Civil Veterinary Dept. Bombay admin report 1907-1913 - 1907-1913
Year: 1907
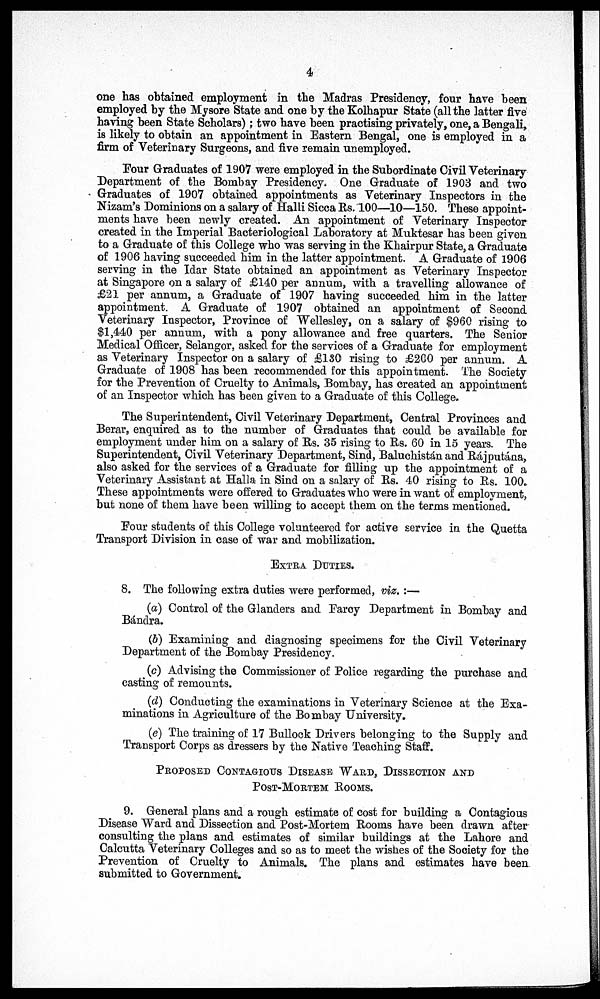
4
one has obtained employment in the Madras Presidency, four have been
employed by the Mysore State and one by the Kolhapur State (all the latter five
having been State Scholars); two have been practising privately, one, a Bengali,
is likely to obtain an appointment in Eastern Bengal, one is employed in a
firm of Veterinary Surgeons, and five remain unemployed.
Pour Graduates of 1907 were employed in the Subordinate Civil Veterinary
Department of the Bombay Presidency. One Graduate of 1903 and two
Graduates of 1907 obtained appointments as Veterinary Inspectors in the
Nizam's Dominions on a salary of Halli Sicca Rs. 100—10—150. These appoint-
ments have been newly created. An appointment of Veterinary Inspector
created in the Imperial Bacteriological Laboratory at Muktesar has been given
to a Graduate of this College who was serving in the Khairpur State, a Graduate
of 1906 having succeeded him in the latter appointment. A Graduate of 1906
serving in the Idar State obtained an appointment as Veterinary Inspector
at Singapore on a salary of £140 per annum, with a travelling allowance of
£21 per annum, a Graduate of 1907 having succeeded him in the latter
appointment. A Graduate of 1907 obtained an appointment of Second
Veterinary Inspector, Province of Wellesley, on a salary of $960 rising to
$1,440 per annum, with a pony allowance and free quarters. The Senior
Medical Officer, Selangor, asked for the services of a Graduate for employment
as Veterinary Inspector on a salary of £130 rising to £200 per annum, A
Graduate of 1908 has been recommended for this appointment. The Society
for the Prevention of Cruelty to Animals, Bombay, has created an appointment
of an Inspector which has been given to a Graduate of this College.
The Superintendent, Civil Veterinary Department, Central Provinces and
Berar, enquired as to the number of Graduates that could be available for
employment under him on a salary of Rs. 35 rising to Rs. 60 in 15 years. The
Superintendent, Civil Veterinary Department, Sind, Baluchistán and Rájputána,
also asked for the services of a Graduate for filling up the appointment of a
Veterinary Assistant at Halla in Sind on a salary of Rs. 40 rising to Rs. 100.
These appointments were offered to Graduates who were in want of employment,
but none of them have been willing to accept them on the terms mentioned.
Four students of this College volunteered for active service in the Quetta
Transport Division in case of war and mobilization.
EXTRA DUTIES.
8. The following extra duties were performed, viz. :—
(a) Control of the Glanders and Farcy Department in Bombay and
Bándra.
(5) Examining and diagnosing specimens for the Civil Veterinary
Department of the Bombay Presidency.
(c) Advising the Commissioner of Police regarding the purchase and
casting of remounts.
(d) Conducting the examinations in Veterinary Science at the Exa-
minations in Agriculture of the Bombay University.
(e) The training of 17 Bullock Drivers belonging to the Supply and
Transport Corps as dressers by the Native Teaching Staff.
PROPOSED CONTAGIOUS DISEASE WARD, DISSECTION AND
POST-MORTEM ROOMS.
9. General plans and a rough estimate of cost for building a Contagious
Disease Ward and Dissection and Post-Mortem Booms have been drawn after
consulting the plans and estimates of similar buildings at the Lahore and
Calcutta Veterinary Colleges and so as to meet the wishes of the Society for the
Prevention of Cruelty to Animals. The plans and estimates have been
submitted to Government.